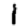
Digit: 1